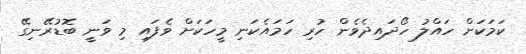
ކަމަކަށް ހައްލު ހޯދައިދެވެން ހުރި ހަމައެކަނި މީހަކަށް ވެފައި މި ވަނީ ބޮޑުރޭނިގޭ